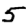
Digit: 5